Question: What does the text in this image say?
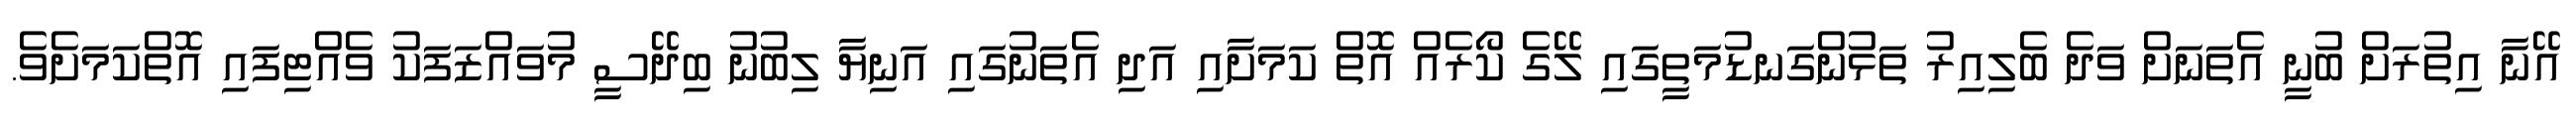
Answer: އޭނާ އިތުރަށް ބުނީ އެތަނަށް ވަދެ ބެލިއިރު ތަޅުންގަނޑުމަތީގައި ލޭގެ ކޯރެއް އޮތް ކަމަށާއި އަދި އެތަނުގައި އަނިޔާ ލިބުނު ބިދޭސީ މުވައްޒަފަކު ވެއްޓިފައި އޮތްކަމަށެވެ.